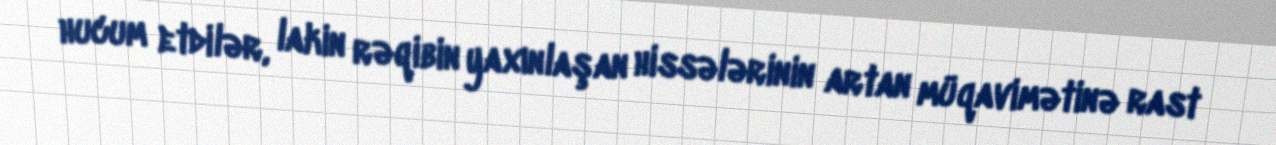
hucum etdilər, lakin rəqibin yaxınlaşan hissələrinin artan müqavimətinə rast